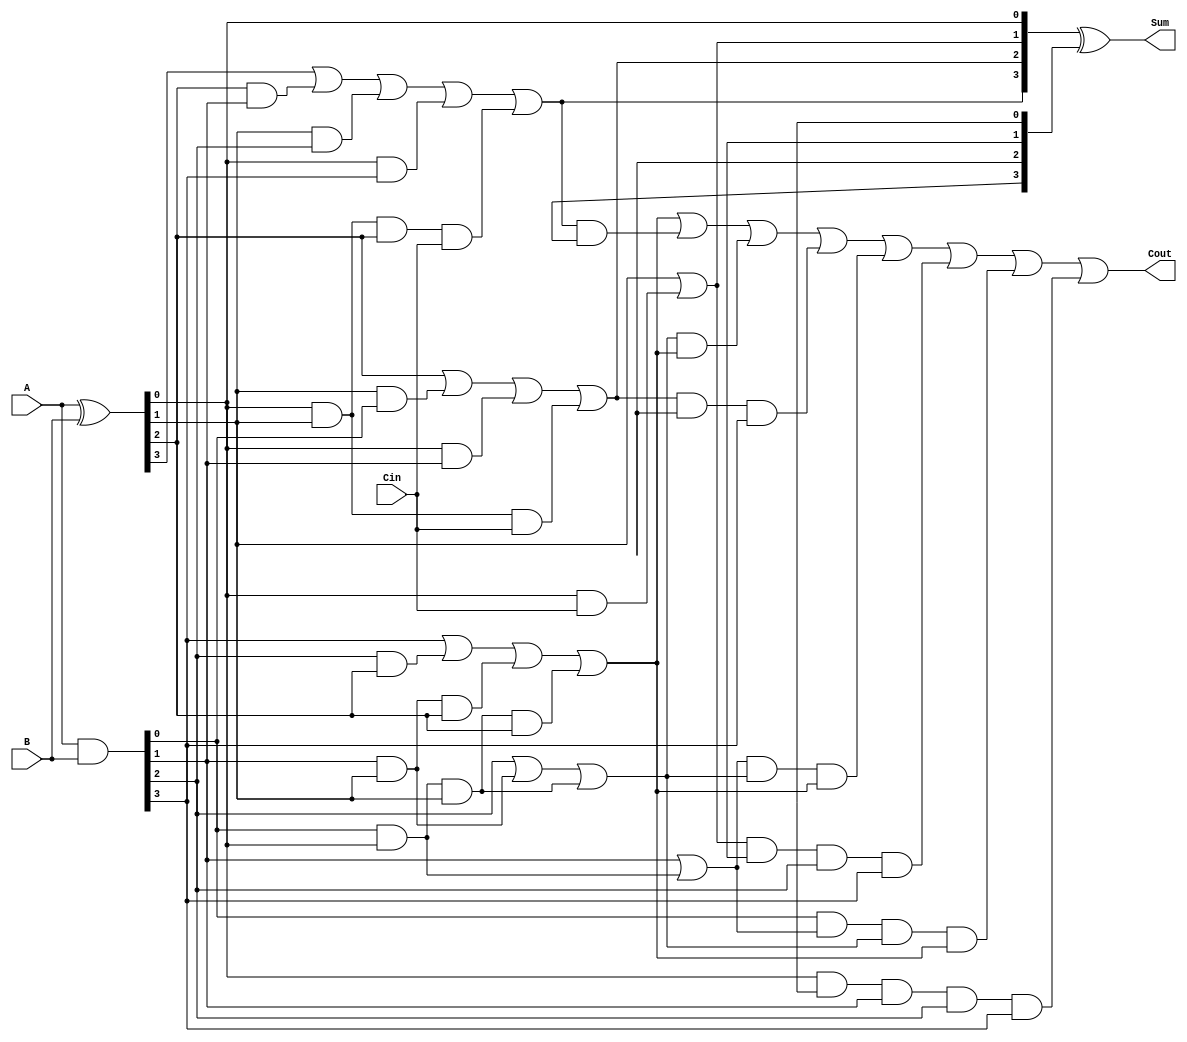
module CarryLookaheadAdder (
    input [3:0] A,
    input [3:0] B,
    input Cin,
    output [3:0] Sum,
    output Cout
);

wire [3:0] P, G, C;
wire [3:0] GG, PP;

assign P = A ^ B;
assign G = A & B;
assign GG[0] = G[0];
assign GG[1] = G[1] | (G[0] & P[0]);
assign GG[2] = G[2] | (G[1] & P[1]) | (G[0] & P[0] & P[1]);
assign GG[3] = G[3] | (G[2] & P[2]) | (G[1] & P[1] & P[2]) | (G[0] & P[0] & P[1] & P[2]);
assign PP[0] = P[0];
assign PP[1] = P[1] | (P[0] & Cin);
assign PP[2] = P[2] | (P[1] & G[0]) | (P[0] & G[1]) | (P[0] & P[1] & Cin);
assign PP[3] = P[3] | (P[2] & G[1]) | (P[1] & G[2]) | (P[0] & G[3]) | (P[0] & P[1] & P[2] & Cin);

assign Sum = PP ^ C;
assign Cout = GG[3] | (PP[3] & C[3]) | (GG[2] & GG[3]) | (PP[2] & C[2] & G[3]) | (GG[1] & GG[2] & GG[3]) | (PP[1] & C[1] & G[2] & G[3]) | (GG[0] & GG[1] & GG[2] & GG[3]) | (P[0] & C[0] & G[1] & G[2] & G[3]);

endmodule